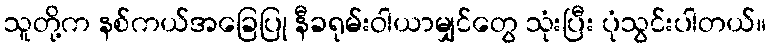
သူတို့က နစ်ကယ်အခြေပြု နီခရုမ်းဝါယာမျှင်တွေ သုံးပြီး ပုံသွင်းပါတယ်။